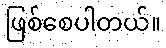
ဖြစ်စေပါတယ်။